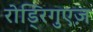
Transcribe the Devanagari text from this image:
रोड्रिगुएज़